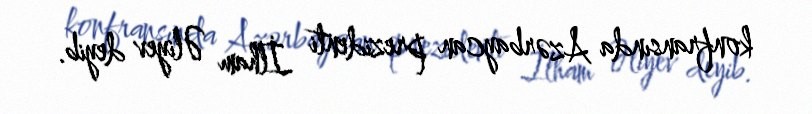
konfransında Azərbaycan prezidenti İlham Əliyev deyib.